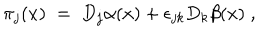
LaTeX: \pi _ { j } ( x ) \; = \; D _ { j } \alpha ( x ) + \epsilon _ { j k } D _ { k } \beta ( x ) \; ,